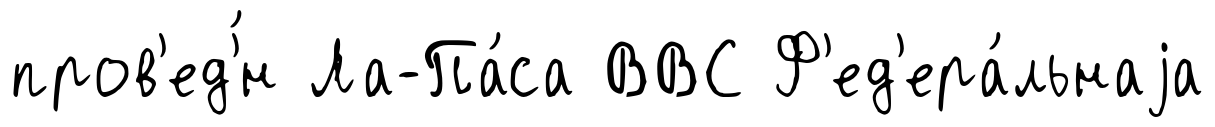
пров'ед'́н Ла-Па́са ВВС Ф'ед'ера́льнаjа